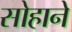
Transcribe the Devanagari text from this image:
सोहाने